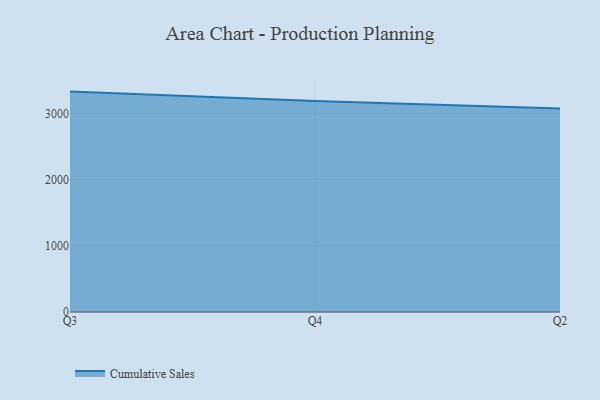
{"axis": {"x": "Quarter", "y": "LTV (USD)"}, "legend": ["Cumulative Sales"], "data": [{"x": "Q3", "y": 3333.6, "type": "Cumulative Sales"}, {"x": "Q4", "y": 3192.9, "type": "Cumulative Sales"}, {"x": "Q2", "y": 3079.7, "type": "Cumulative Sales"}]}